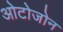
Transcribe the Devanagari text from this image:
ओटोजोन